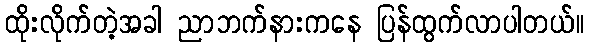
ထိုးလိုက်တဲ့အခါ ညာဘက်နားကနေ ပြန်ထွက်လာပါတယ်။